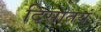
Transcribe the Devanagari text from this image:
दिसातयं